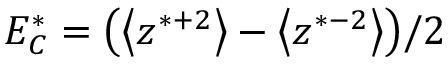
E _ { C } ^ { * } = \big ( \big < z ^ { * + 2 } \big > - \big < z ^ { * - 2 } \big > \big ) / 2